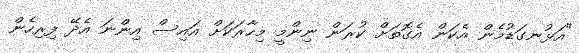
"އަޅުނގަޑުމެން އެކަން އެގޮތަށް ކުރަން ނިންމީ މިހާރަކަށް އައިސް އިންނަ އެދޭ ފިރިހެން